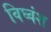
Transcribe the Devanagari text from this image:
विघ्वंश